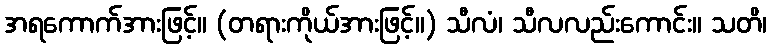
အရကောက်အားဖြင့်။ (တရားကိုယ်အားဖြင့်။) သီလံ၊ သီလလည်းကောင်း။ သတိ၊